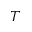
T